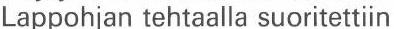
Lappohjan tehtaalla suoritettiin